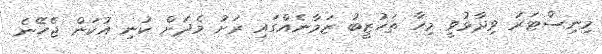
މިނިސްޓަރު ވިދާޅުވީ މިހާ ތަހުޒީބު ޒަމާނެއްގައި ރަށު މެދަށް ކުނި އުކަން ޖެހޭނެ